system: You are a helpful assistant.
user:
Analyze the provided spectrum to determine if it is a **White Dwarf (WD)**.

A White Dwarf spectrum is defined by its **extreme purity** (due to gravitational settling) and/or **extreme pressure broadening** (due to high surface gravity). You must check for one of the following mutually exclusive signatures:

- **Key Visual Indicators (Check for ONE of these types):**

    - **1. DA-Type Signature (Most Common):**
        - **(Primary Feature):** Extreme pressure broadening (Stark broadening) of the **Hydrogen (H) Balmer lines**.
        - **(Key Lines):** $H\beta$ (approx. $4861$ Å) and $H\gamma$ (approx. $4340$ Å). $H\alpha$ (approx. $6563$ Å) will also be present if the wavelength range covers it.
        - **(Line Profile):** This is the **defining feature**. The lines are **NOT** sharp. They appear as massive, **extremely broad and deep "troughs" or "dips"** in the spectrum, often hundreds of Ångströms wide. The continuum will appear to "scoop" down at these wavelengths.
        - **(Distinction):** Normal A-type or B-type stars have *narrow* and *sharp* Hydrogen lines. A DA White Dwarf's lines are unmistakably "smeared" or "blurry" from pressure.

    - **2. DB-Type Signature:**
        - **(Primary Feature):** Broad absorption lines from **Neutral Helium (He I)**. The spectrum must lack any visible Hydrogen lines.
        - **(Key Lines):** Look for broad absorption near $4471$ Å, $4921$ Å, and $5876$ Å.
        - **(Line Profile):** These lines are also significantly pressure-broadened, appearing much wider than they would in a normal B-type main-sequence star.

    - **3. DC-Type Signature:**
        - **(Primary Feature):** A **featureless continuous spectrum**.
        - **(Line Profile):** The spectrum is a smooth curve with **no significant absorption or emission lines**.
        - **(Key Confirmation):** The continuum is almost always **blue or white**, indicating a hot object. This signature implies the atmosphere is so pure (or so cool) that no spectral lines are visible in the optical range. Its WD identity is confirmed by its extremely low intrinsic brightness (high absolute magnitude).

    - **4. DZ-Type Signature (Metal-Polluted):**
        - **(Primary Feature):** **Isolated, narrow metal absorption lines** on an otherwise featureless (DC-like) continuum.
        - **(Key Lines):** The **Calcium (Ca II) H & K doublet** (approx. **$3934$ Å** and **$3968$ Å**) is the most common and defining feature.
        - **(Line Profile):** These lines are "out of place." They are *not* part of a "forest" of thousands of lines. This signature is evidence of recent *accretion* (pollution) from rocky debris.
        - **(Distinction):** Normal G/K/M stars have a *dense forest* of thousands of metal lines. A DZ has a *clean* continuum with *only a few* strong metal lines.

    - **5. DQ-Type Signature (Carbon-Polluted):**
        - **(Primary Feature):** Absorption bands from **Carbon (C₂ "Swan Bands" or atomic C I)**.
        - **(Key Lines - C₂):** Look for bandheads with a "saw-tooth" shape near $5635$ Å, **$5165$ Å** (strongest), and $4737$ Å.
        - **(Key Confirmation):** The underlying **continuum must be blue or white** (hot).
        - **(Distinction):** This is the critical difference from a **Carbon Star**, which has the *exact same* C₂ bands but on an extremely **red, cool** continuum.

- **(Overall Spectrum):**
    - The continuum (overall shape) is typically **blue-sloping** (brighter in the blue than the red), as most white dwarfs are very hot.
    - The spectrum will look "pure" or "simple," dominated by only *one* of the five signatures listed above.

Think first, call **spectral_visualization_tool** if needed to examine features in detail, then provide your final answer. Your response must adhere to the following strict rules:
1.  **Overall Structure:** Your response must follow the format `<think>...</think> <tool_call>...</tool_call> (if a tool is used) <answer>...</answer>`.
2.  **Tool Usage Constraint:** You may only make **one** tool call per turn.
3.  **Final Answer Format:** In the `<answer>` tag, your conclusion must be inside a `\boxed{}` command (e.g., `\boxed{YES}` or `\boxed{NO}`), followed by your justification.

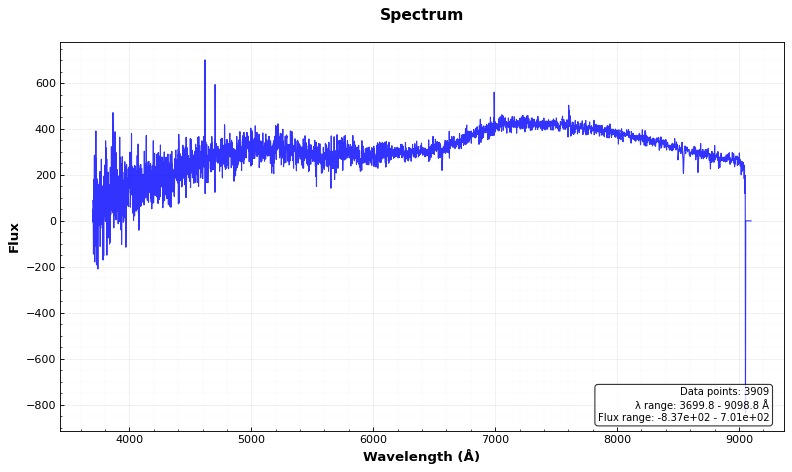
Answer: NO